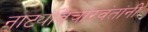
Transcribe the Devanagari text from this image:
नाट्यविचारवंतांनी